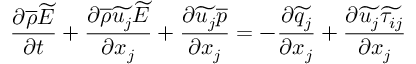
\frac { \partial \overline { { \rho } } \widetilde { E } } { \partial t } + \frac { \partial \overline { { \rho } } \widetilde { u _ { j } } \widetilde { E } } { \partial x _ { j } } + \frac { \partial \widetilde { u _ { j } } \overline { { p } } } { \partial x _ { j } } = - \frac { \partial \widetilde { q _ { j } } } { \partial x _ { j } } + \frac { \partial \widetilde { u _ { j } } \widetilde { \tau _ { i j } } } { \partial x _ { j } }